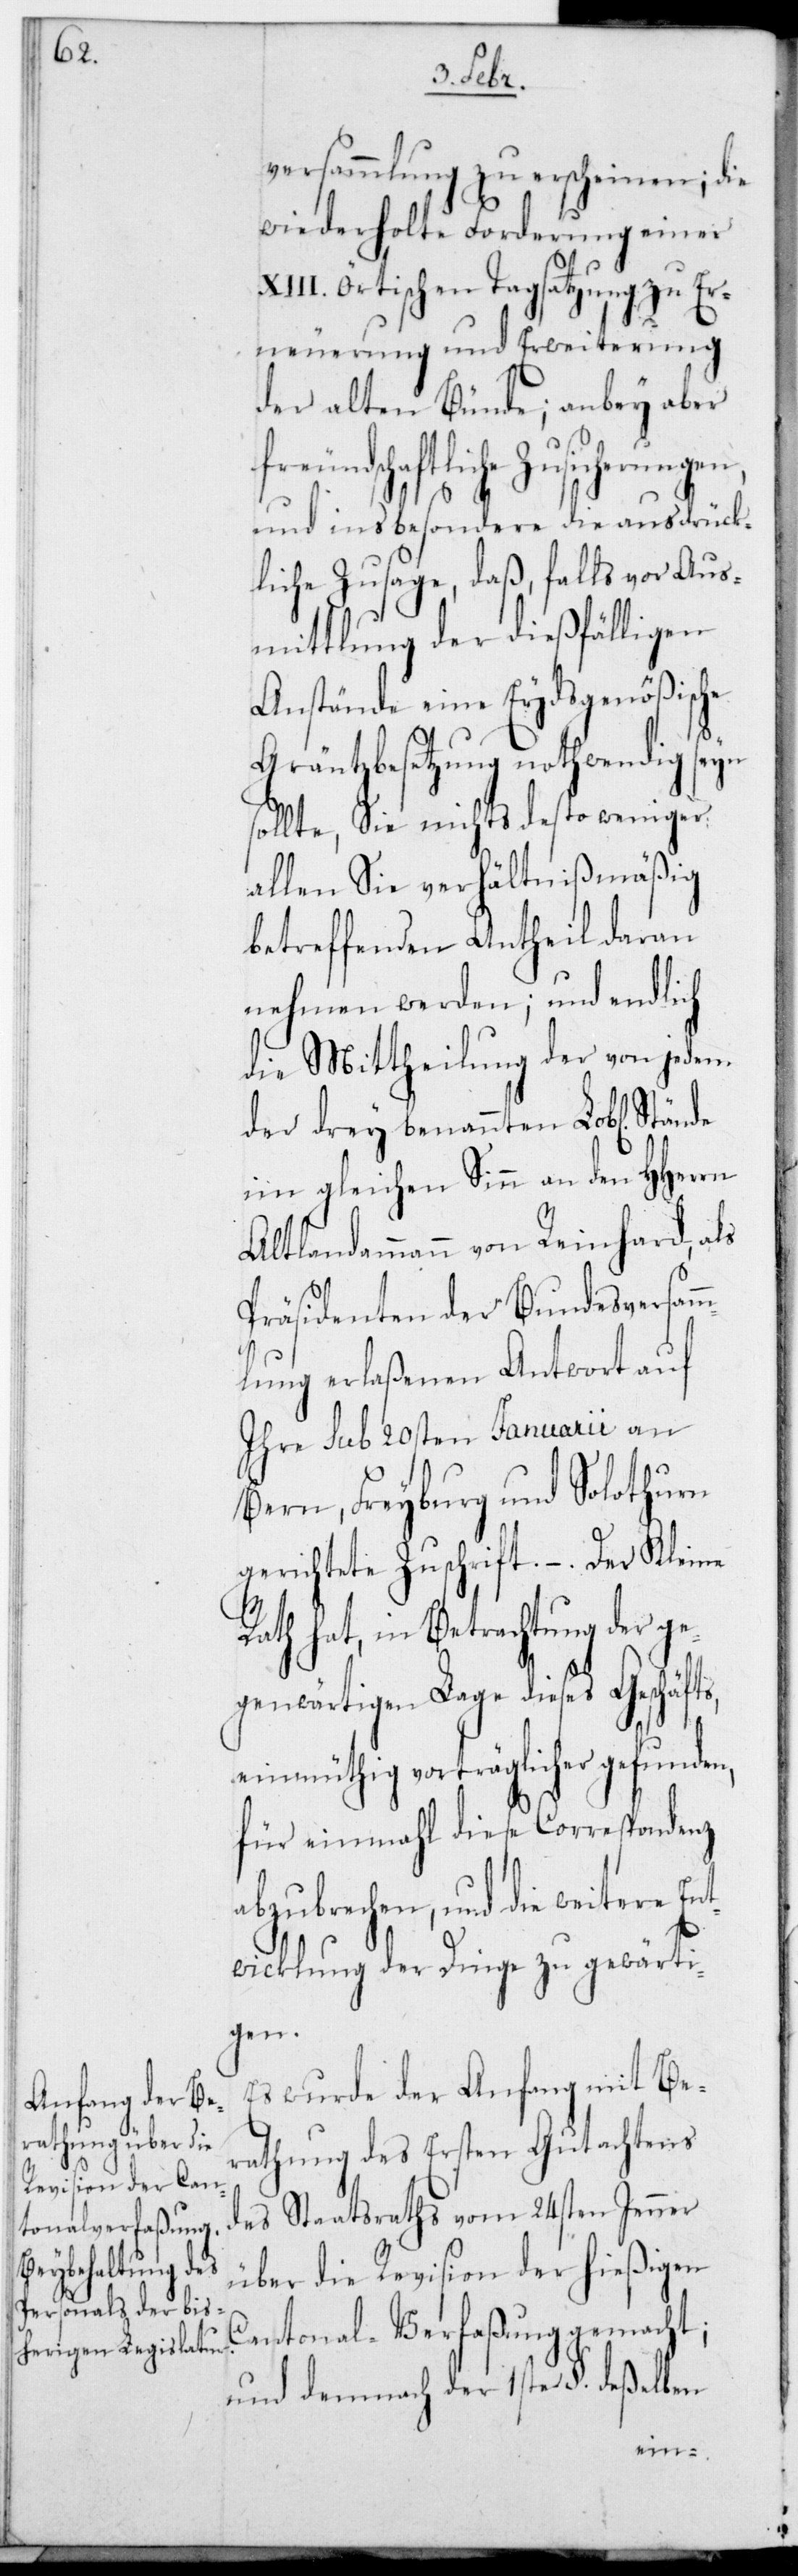
versammlung zu erscheinen; die
wiederholte Forderung einer
XIII. örtischen Tagsatzung zu Er¬
neuerung und Erweiterung
der alten Bünde; anbey aber
freundschaftliche Zusicherungen
und insbesondere die ausdrück¬
liche Zusage, daß, falls vor Aus¬
mittlung der dießfälligen
Anstände eine Eydsgenößische
Gräntzbesetzung nothwendig sein
sollte, sie nichts desto weniger
allen sie Verhältnißmäßig
betreffenden Antheil daran
nehmen werden; und endlich
die Mittheilung der von jedem
der drey benannten Lobl. Stände
im gleichen Sinn an den HHerrn
Altlandammann von Reinhard, als
Präsidenten der Bundesversam¬
mlung erlaßenen Antwort auf
ihre sub 20sten Januarii an
Bern, Freyburg und Solothurn
gerichtete Zuschrift. – Der Kleine
Rath hat, in Betrachtung der ge¬
genwärtigen Lage dieses Geschäfts,
einmüthig vorträglicher gefunden,
für einmal diese Correspondenz
abzubrechen, und die weitere En¬
twicklung der Dinge zu gewärti¬
gen.
Es wurde der Anfang mit Be¬
rathung des ersten Gutachtens
des Staatsraths vom 24sten Jenner
über die Revision der hießigen
Cantonal-Verfaßung gemacht;
und demnach der 1ste §. deßelben